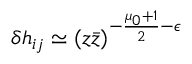
\delta h _ { i j } \simeq ( z \bar { z } ) ^ { - \frac { \mu _ { 0 } + 1 } { 2 } - \epsilon }